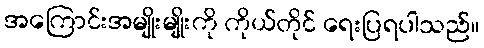
အကြောင်းအမျိုးမျိုးကို ကိုယ်တိုင် ရေးပြရပါသည်။